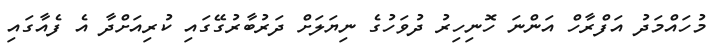
މުހައްމަދު އަފްރާހް އަންނަ ހޮނިހިރު ދުވަހުގެ ނިޔަލަށް ދަރުބާރުގޭގައި ކުރިއަށްދާ އެ ފެއާގައި